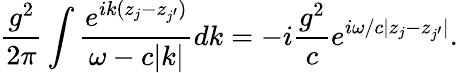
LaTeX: \frac{g^{2}}{2\pi}\int\frac{e^{ik(z_{j}-z_{j^{\prime}})}}{\omega-c|k|}dk=-i\frac{g^{2}}{c}e^{i\omega/c|z_{j}-z_{j^{\prime}}|}.